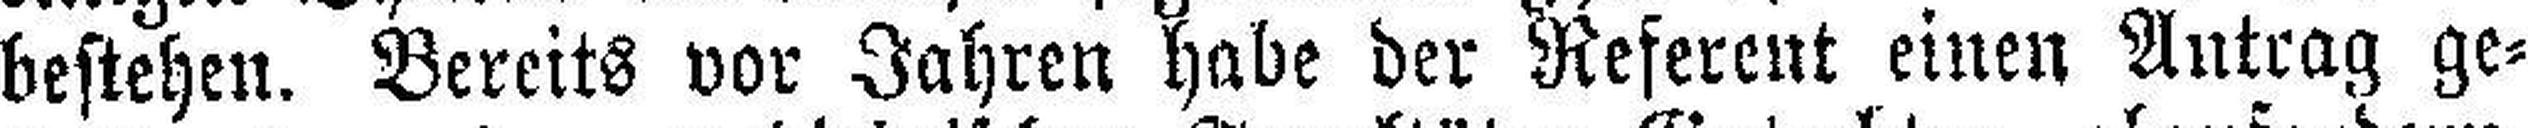
bestehen. Bereits vor Jahren habe der Referent einen Antrag ge¬